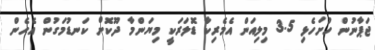
ޖަޕާނުން ހުށަހެޅި 3.5 މިލިއަން އެމެރިކާ ޑޮލަރަކީ މިޔަންމާ ދޫކޮށް ކަނޑުމަގުން އެހެން